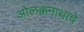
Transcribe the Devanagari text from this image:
ओलक्कनाथाचे